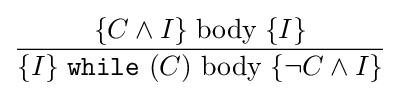
{\frac {\{C\land I\}\;\mathrm {body} \;\{I\}}{\{I\}\;{\mathtt {while}}\ (C)\ \mathrm {body} \;\{\lnot C\land I\}}}